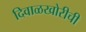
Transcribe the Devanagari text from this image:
दिवाळखोरीची